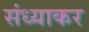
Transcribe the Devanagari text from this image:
संध्याकर